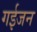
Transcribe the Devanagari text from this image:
गईजन